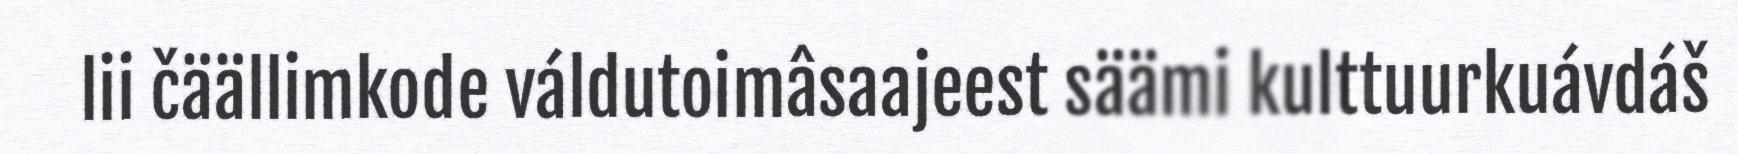
lii čäällimkode váldutoimâsaajeest säämi kulttuurkuávdáš